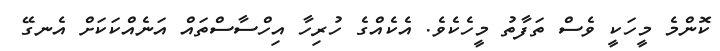
ކޮންމެ މީހަކީ ވެސް ތަފާތު މީހެކެވެ. އެކެއްގެ ހުރިހާ އިހްސާސްތައް އަނެއްކަކަށް އެނގޭ